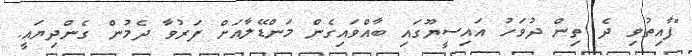
"ފާއިތުވި ދެ ތިން ދުވަހު އައިސީޔޫގައި ބާއްވައިގެން މަންޑޭލާއަށް ފަރުވާ ދެމުން ގެންދިޔައީ.